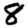
Digit: 8